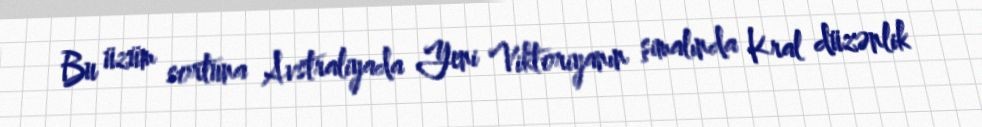
Bu üzüm sortuna Avstraliyada Yeni Viktoriyanın şimalında Kral düzənlik